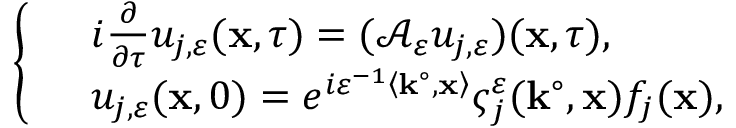
\left\{ \begin{array} { r l } & { i \frac { \partial } { \partial \tau } u _ { j , \varepsilon } ( \mathbf { x } , \tau ) = ( \mathcal { A } _ { \varepsilon } u _ { j , \varepsilon } ) ( \mathbf { x } , \tau ) , } \\ & { u _ { j , \varepsilon } ( \mathbf { x } , 0 ) = e ^ { i \varepsilon ^ { - 1 } \left\langle \mathbf { k } ^ { \circ } , \mathbf { x } \right\rangle } \varsigma _ { j } ^ { \varepsilon } ( \mathbf { k } ^ { \circ } , \mathbf { x } ) f _ { j } ( \mathbf { x } ) , } \end{array} \right.